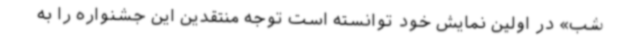
شب» در اولین نمایش خود توانسته است توجه منتقدین این جشنواره را به